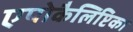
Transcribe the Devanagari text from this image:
एपोकैलिप्टिका